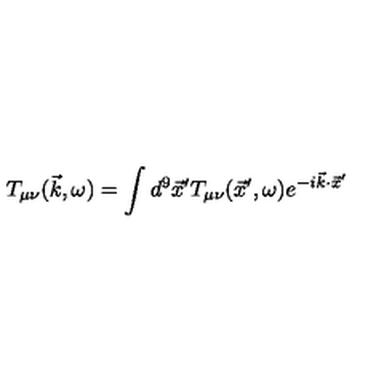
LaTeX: T _ { \mu \nu } ( \vec { k } , \omega ) = \int d ^ { 9 } \vec { x } ^ { \prime } T _ { \mu \nu } ( \vec { x } ^ { \prime } , \omega ) e ^ { - i \vec { k } \cdot \vec { x } ^ { \prime } }